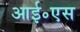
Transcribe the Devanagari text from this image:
आई॰एस